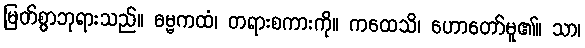
မြတ်စွာဘုရားသည်။ ဓမ္မကထံ၊ တရားစကားကို။ ကထေသိ၊ ဟောတော်မူ၏။ သာ၊